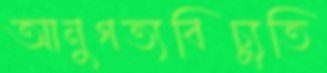
আনুগত্যবিচ্যুতি